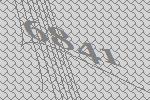
6841